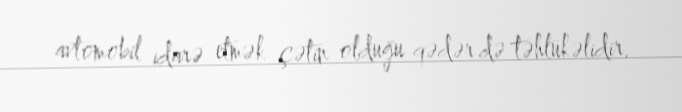
avtomobil idarə etmək çətin olduğu qədər də təhlükəlidir.